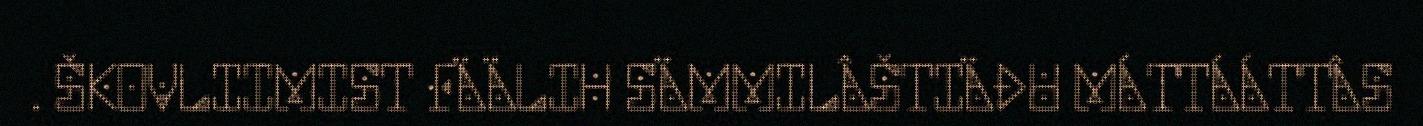
. ŠKOVLIIMIST FÄÄLIH SÄMMILÂŠTIÄĐU MÁTTÁÁTTÂS